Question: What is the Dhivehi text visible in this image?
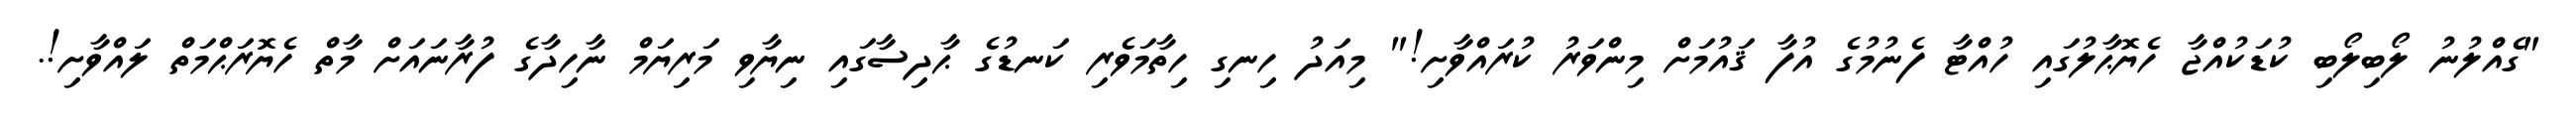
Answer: "ގެއްލުނު ލޯބިލޯބި ކުޑަކުއްޖާ ހެޔޮޙާލުގައި ހުއްޓާ ފެނުމުގެ އުފާ ޤައުމަށް މިންވަރު ކުރައްވާށި!" މިއަދު ހިނގި ހިތާމަވެރި ކަނޑުގެ ޙާދިސާގައި ނިޔާވި މަރިޔަމް ނާހިދާގެ ފުރާނައަށް މާތް ހެޔޮރަޙްމަތް ލައްވާށި!.